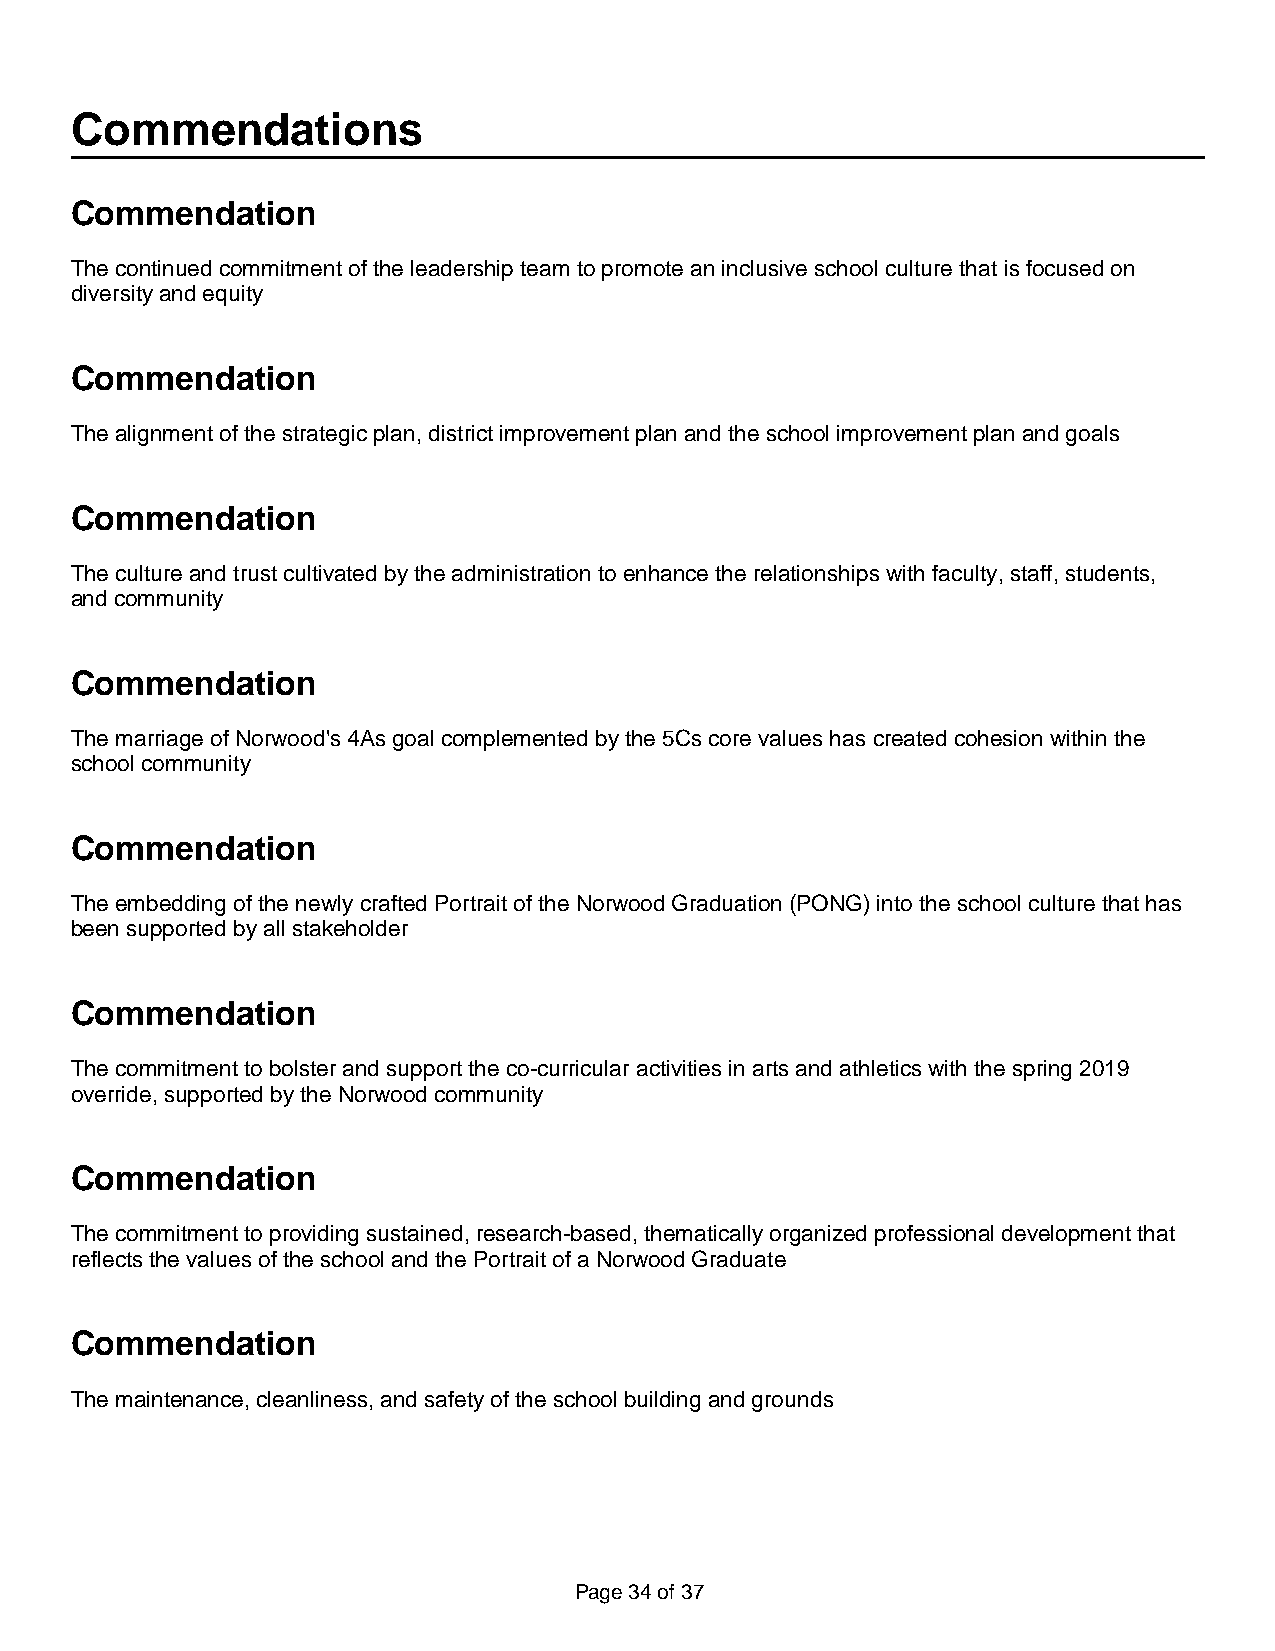
Commendations
 Commendation
 The continued commitment of the leadership team to promote an inclusive school culture that is focused on
 diversity and equity
 Commendation
 The alignment of the strategic plan, district improvement plan and the school improvement plan and goals
 Commendation
 The culture and trust cultivated by the administration to enhance the relationships with faculty, staff, students,
 and community
 Commendation
 The marriage of Norwood's 4As goal complemented by the 5Cs core values has created cohesion within the
 school community
 Commendation
 The embedding of the newly crafted Portrait of the Norwood Graduation (PONG) into the school culture that has
 been supported by all stakeholder
 Commendation
 The commitment to bolster and support the co-curricular activities in arts and athletics with the spring 2019
 override, supported by the Norwood community
 Commendation
 The commitment to providing sustained, research-based, thematically organized professional development that
 reflects the values of the school and the Portrait of a Norwood Graduate
 Commendation
 The maintenance, cleanliness, and safety of the school building and grounds
 Page 34 of 37